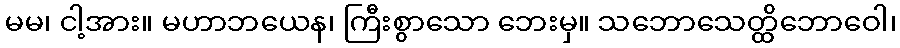
မမ၊ ငါ့အား။ မဟာဘယေန၊ ကြီးစွာသော ဘေးမှ။ သဘောသေတ္ထိဘောဝေါ၊